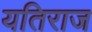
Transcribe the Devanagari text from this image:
यतिराज